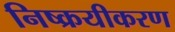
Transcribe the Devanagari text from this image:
निष्क्रयीकरण